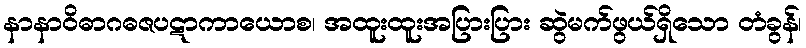
နာနာဝိဓာဂဓဇပဋာကာယောစ၊ အထူးထူးအပြားပြား ဆွဲမက်ဖွယ်ရှိသော တံခွန်၊